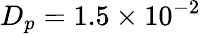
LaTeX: {D_{p}}=1.5\times{10^{-2}}